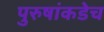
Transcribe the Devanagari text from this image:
पुरुषांकडेच